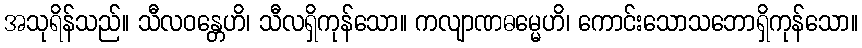
အသုရိန်သည်။ သီလဝန္တေဟိ၊ သီလရှိကုန်သော။ ကလျာဏဓမ္မေဟိ၊ ကောင်းသောသဘောရှိကုန်သော။